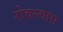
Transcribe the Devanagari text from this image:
रोवल्यास